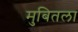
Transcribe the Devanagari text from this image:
मुबितला